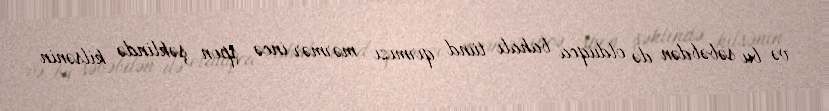
və bu səbəbdən də olduqca bahalı tünd qırmızı mərmər incə şpon şəklində kilsənin